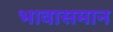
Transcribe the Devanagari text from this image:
भावासमान